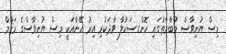
މިސް ޔުނިވާސް މުބާރާތުގައި ހޮންގސަކުލާ ވާދަކުރި އިރު އޭނާއަކީ މިސް ޔުނިވާސްގެ މަޤާމް